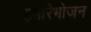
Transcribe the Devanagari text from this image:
हमारेभोजन